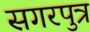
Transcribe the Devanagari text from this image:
सगरपुत्र